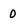
Character: 0